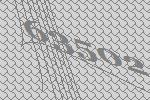
63502